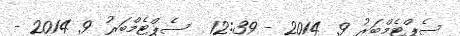
ސެޕްޓެމްބަރު 9